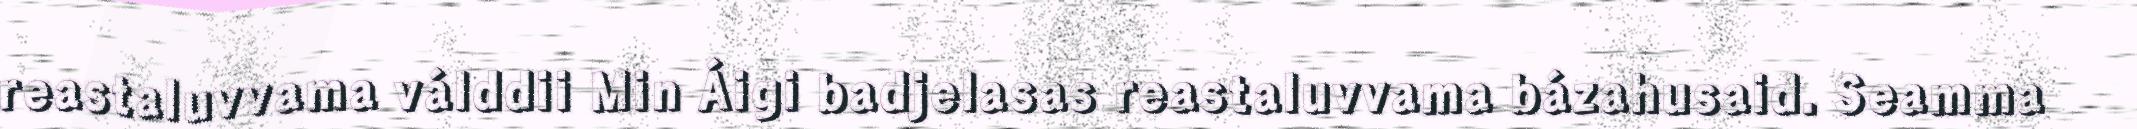
reastaluvvama válddii Min Áigi badjelasas reastaluvvama bázahusaid. Seamma